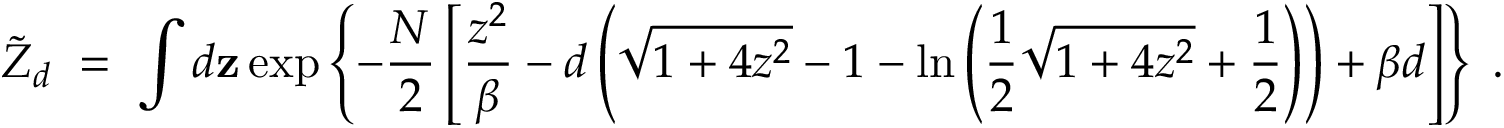
\widetilde { Z } _ { d } \; = \; \int d { \bf z } \exp \left\{ - { \frac { N } { 2 } } \left[ { \frac { z ^ { 2 } } { \beta } } - d \left( \sqrt { 1 + 4 z ^ { 2 } } - 1 - \ln \left( { \frac { 1 } { 2 } } \sqrt { 1 + 4 z ^ { 2 } } + { \frac { 1 } { 2 } } \right) \right) + \beta d \right] \right\} \; .